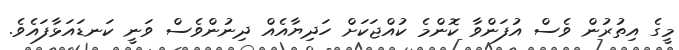
މީގެ އިތުރުން ވެސް އުފަންވާ ކޮންމެ ކުއްޖަކަށް ހަދިޔާއެއް ދިނުންވެސް ވަނީ ކަނޑައަޅާފައެވެ.